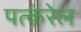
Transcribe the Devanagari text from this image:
पत्करेल